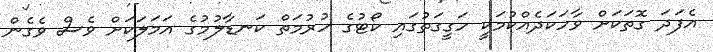
އެފަދަ ގޮތަކަށް ވާހަކަދެއްކުމަކީ ހަގީގަތުގައި ކޯޓުގެ ހުރުމަތް ކަނޑާލުމުގެ އަމަލަކަށް ވެސް ވެގެން